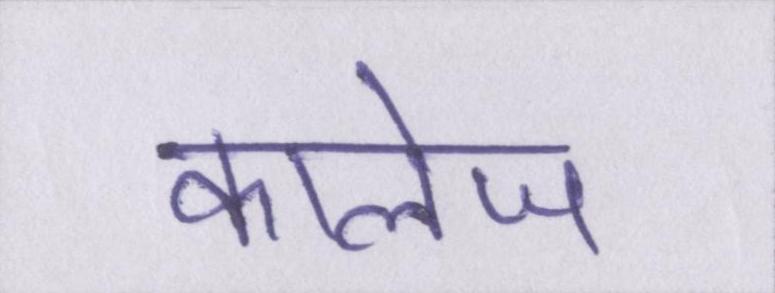
कालेज